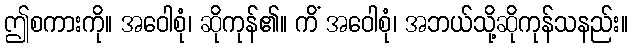
ဤစကားကို။ အဝေါစုံ၊ ဆိုကုန်၏။ ကိံ အဝေါစုံ၊ အဘယ်သို့ဆိုကုန်သနည်း။